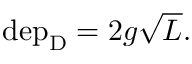
\begin{array} { r } { \mathrm { d e p } _ { \mathrm { D } } = 2 g \sqrt { L } . } \end{array}